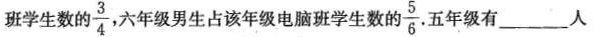
班学生数的 \frac{3}{4}，六年级男生占该年级电脑班学生数的\frac{5}{6}. 五年级有___人